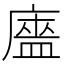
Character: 𰐃